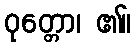
ဝုတ္တော၊ ၏။